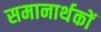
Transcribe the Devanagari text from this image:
समानार्थकों